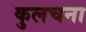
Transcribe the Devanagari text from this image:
कुलचना